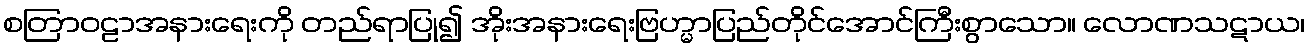
စတြာဝဠာအနားရေးကို တည်ရာပြု၍ အိုးအနားရေးဗြဟ္မာပြည်တိုင်အောင်ကြီးစွာသော။ လောဏသဋာယ၊